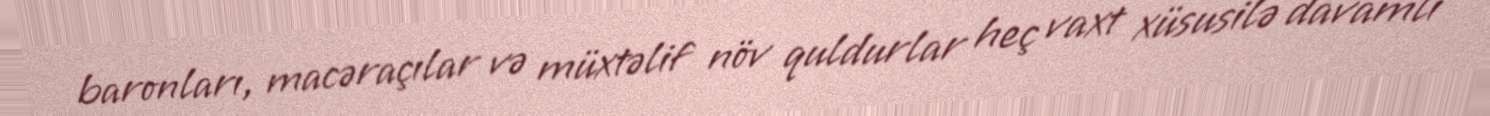
baronları, macəraçılar və müxtəlif növ quldurlar heç vaxt xüsusilə davamlı